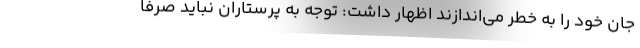
جان خود را به خطر می‌اندازند اظهار داشت: توجه به پرستاران نباید صرفا